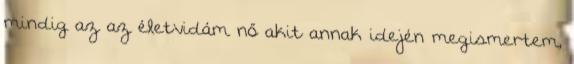
mindig az az életvidám nő akit annak idején megismertem,